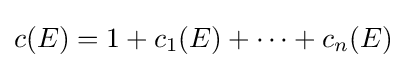
c(E)=1+c_{1}(E)+\cdots +c_{n}(E)